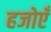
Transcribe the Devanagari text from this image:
हजोएँ